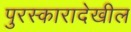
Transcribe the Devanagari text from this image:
पुरस्कारादेखील